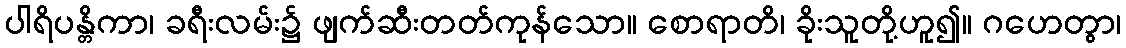
ပါရိပန္တိကာ၊ ခရီးလမ်း၌ ဖျက်ဆီးတတ်ကုန်သော။ စောရာတိ၊ ခိုးသူတို့ဟူ၍။ ဂဟေတွာ၊